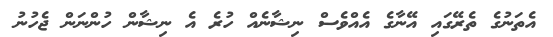
އެތަނުގެ ތެރޭގައި އޭނާގެ އެއްވެސް ނިޝާނެއް ހުރެ އެ ނިޝާން ހުންނަން ޖެހުނު